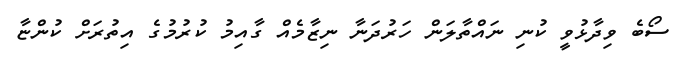
ސޯބެ ވިދާޅުވީ ކުނި ނައްތާލަން ހަރުދަނާ ނިޒާމެއް ގާއިމު ކުރުމުގެ އިތުރަށް ކުންޏާ